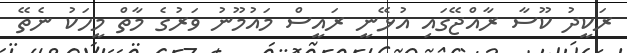
ރަކީދު ކޫސާ ރާއްޖޭގައި އުޅޭނީ ރައީސް މައުމޫނު ވަރުގެ މާތް މީހަކު ނެތޭ